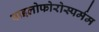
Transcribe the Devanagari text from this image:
पाइलोफोरोस्पर्मम